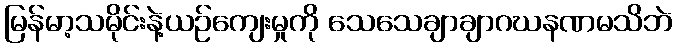
မြန်မာ့သမိုင်းနဲ့ယဉ်ကျေးမှုကို သေသေချာချာဂဃနဏမသိဘဲ